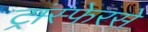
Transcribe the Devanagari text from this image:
ट्रांस्फेरसे